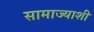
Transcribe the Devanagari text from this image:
सामाज्याशी